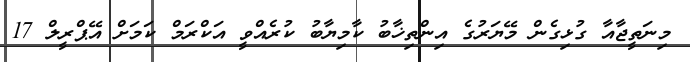
މިނަތީޖާއާ ގުޅިގެން މޭޔަރުގެ އިންތިޚާބު ކާމިޔާބު ކުރެއްވީ އަކްރަމް ކަމަށް އޭޕްރީލް 17